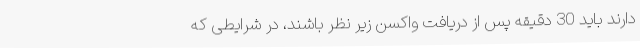
دارند باید 30 دقیقه پس از دریافت واکسن زیر نظر باشند، در شرایطی که